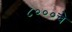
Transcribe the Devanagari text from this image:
८०००चे